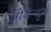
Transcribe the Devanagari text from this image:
त्रीवेन्दृम